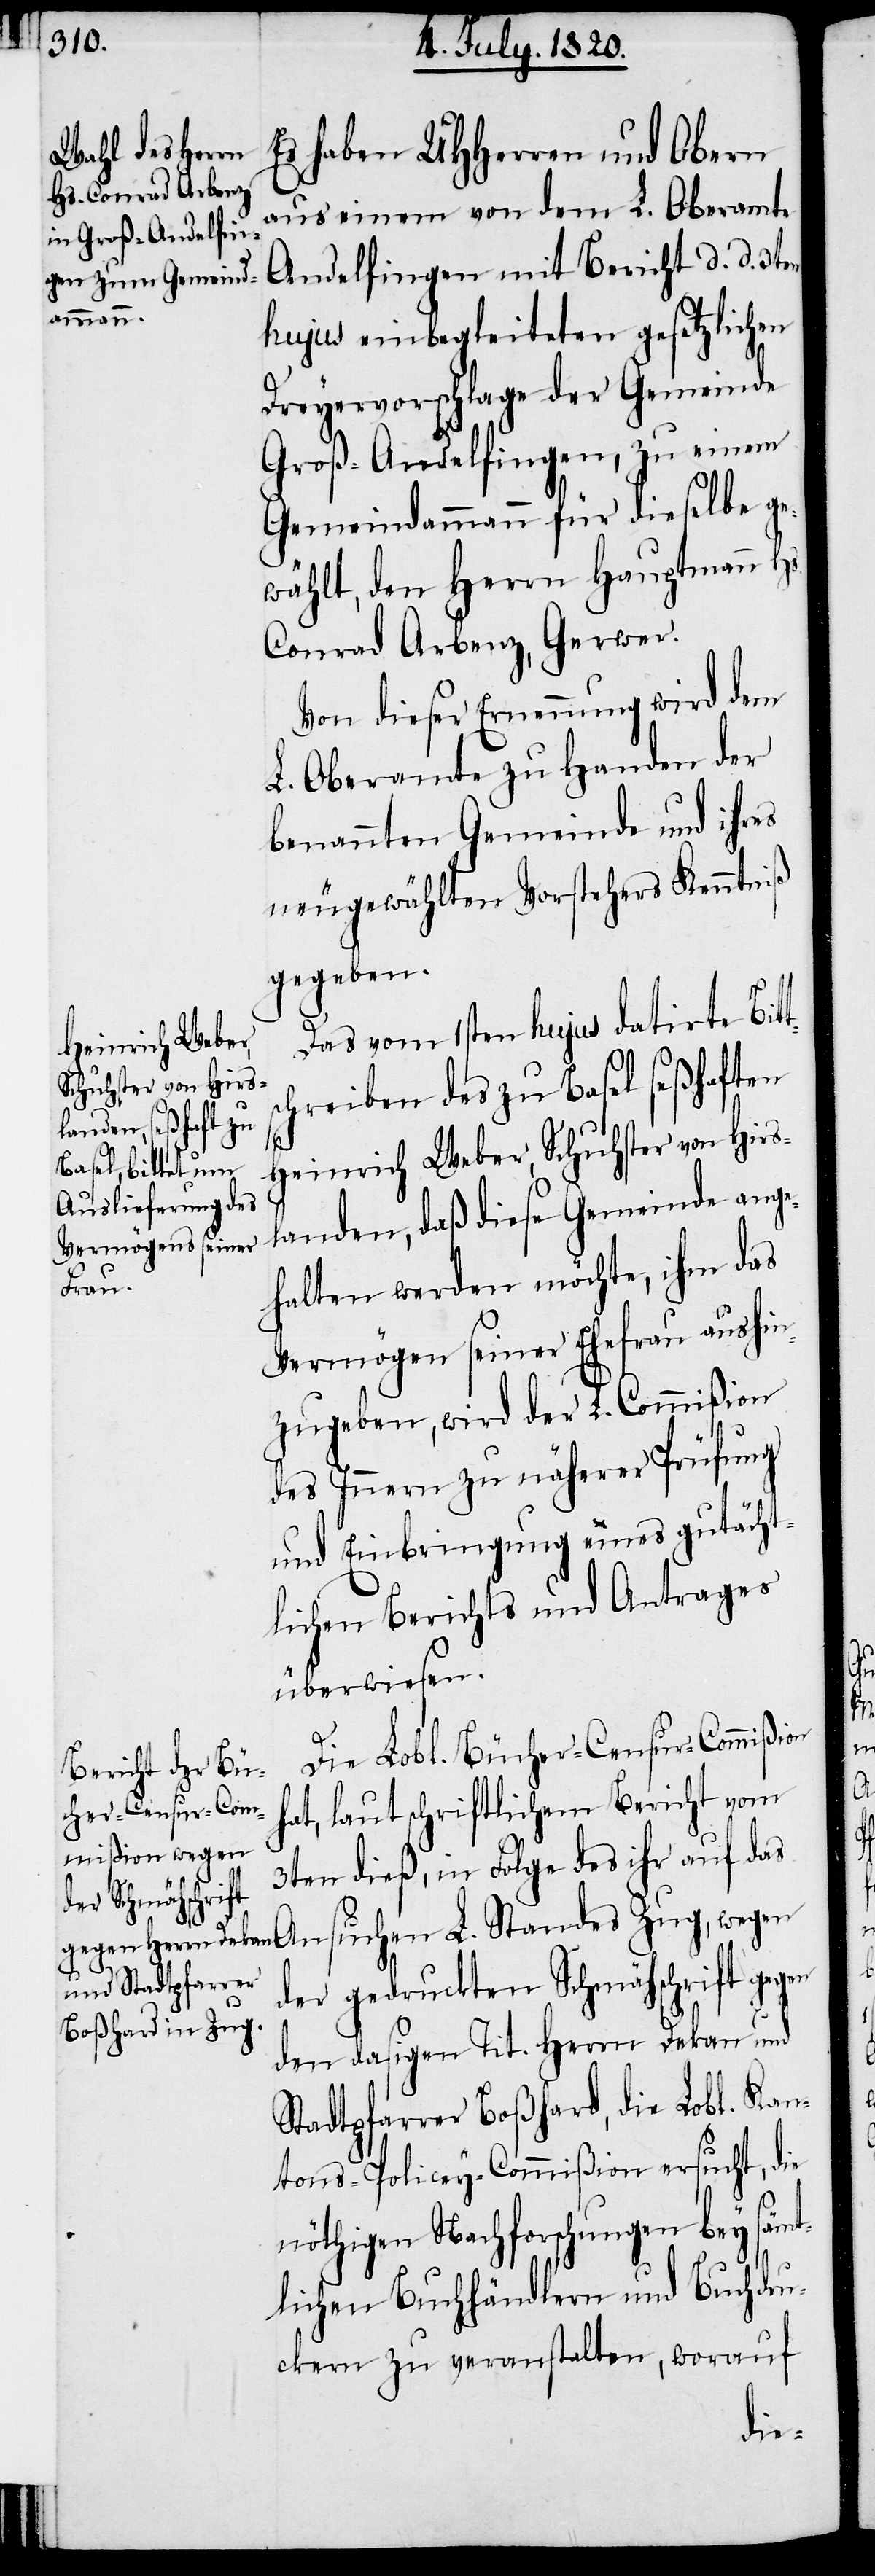
Es haben UHherren und Obern
aus einem von dem L. Oberamte
Andelfingen mit Bericht d. d. 3ten
hujus einbegleiteten gesetzlichen
Dreyervorschlage der Gemeinde
Groß-Andelfingen, zu einem
Gemeindammann für dieselbe ge¬
wählt, den Herrn Hauptmann
Conrad Arberg, Gerwer.
Von dieser Erneuerung wird dem
L. Oberamte zu Handen der
benannten Gemeinde und ihres
neugewählten Vorstehers Kenntniß
gegeben.
Das vom 1sten hujus datirte Bit¬
chrieben des zu Basel seßhaften
ts¬
Heinrich Weber, Schuhster von Hirs¬
landen, daß diese Gemeinde ange¬
halten werden möchte, ihm das
Vermögen seiner Ehefrau aushin¬
zugeben, wird der L. Commißion
des Innern zu näherer Prüfung
und Einbringung eines gutächt¬
lichen Berichts und Antrages
überwiesen.
Die Lobl. Bücher-Censur-Commißion
hat, laut schriftlichem Bericht vom
3ten dieß, in Folge des ihr auf das
Ansuchen L. Standes Zug, wegen
der gedruckten Schmähschrift gegen
den dasigen Tit. Herrn Dekan und
Stadtpfarrer Boßhard, die Lobl. Kan¬
tons-Policey-Commißion ersucht, die
nöthigen Nachforschungen bey sämt¬
lichen Buchhändlern und Buchdru¬
ckern zu veranstalten, worauf